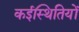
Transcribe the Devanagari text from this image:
कईस्थितियों